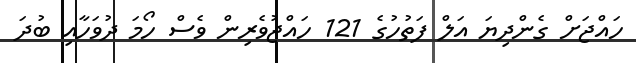
ހައްޖަށް ގެންދިޔަ އަލް ފަތުހުގެ 121 ހައްޖުވެރިން ވެސް ހޯމަ ދުވަހާއި ބުދަ